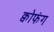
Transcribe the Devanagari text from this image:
क्वोफंग